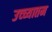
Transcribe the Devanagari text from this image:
उच्च्यातम